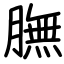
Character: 膴